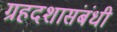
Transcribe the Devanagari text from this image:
ग्रहदशासंबंधी